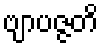
ဗျာပဇ္ဇတိ